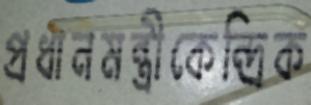
প্রধানমন্ত্রীকেন্দ্রিক